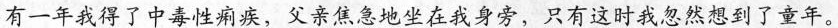
有一年我得了中毒性痢疾，父亲焦急地坐在我身旁，只有这时我忽然想到了童年。